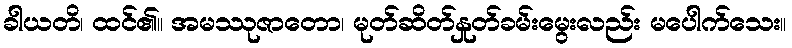
ခါယတိ၊ ထင်၏။ အမဿုဇာတော၊ မုတ်ဆိတ်နှုတ်ခမ်းမွေးလည်း မပေါက်သေး။